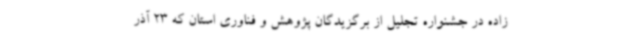
زاده در جشنواره تجلیل از برگزیدگان پژوهش و فناوری استان که 23 آذر